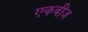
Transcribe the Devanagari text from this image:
एकबीज